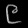
Digit: ၉